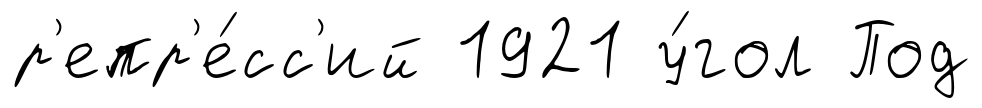
р'епр'е́сс'ий 1921 у́гол Под